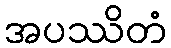
အပဿိတံ